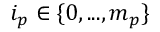
i _ { p } \in \{ 0 , . . . , m _ { p } \}